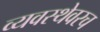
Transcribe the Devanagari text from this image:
व्यवस्थेवरच